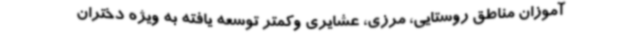
آموزان مناطق روستایی، مرزی، عشایری وکمتر توسعه یافته به ویژه دختران